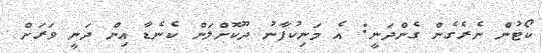
ކޯޓުން ނެރެގެން ގެންދަނީ: އެ މަނިކުފާނު ދޫކޮށްލަން ކެނެޑާ އިން ދަނީ ވަރަށް